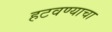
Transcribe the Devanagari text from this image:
हटवण्याचा